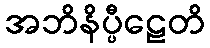
အဘိနိပ္ပီဠေတိ